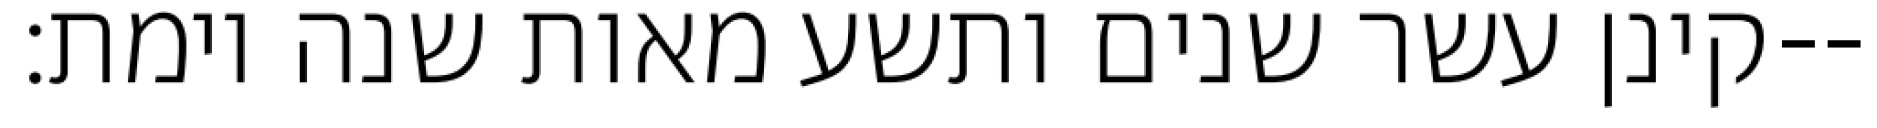
קינן עשר שנים ותשע מאות שנה וימת׃--